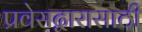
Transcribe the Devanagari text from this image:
प्रवेसद्वारासाठी